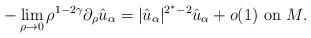
LaTeX: \begin{align*}-\lim_{\rho\rightarrow0}\rho^{1-2\gamma}\partial_\rho\hat{u}_\alpha=|\hat{u}_\alpha|^{2^*-2}\hat{u}_\alpha+o(1)\ \hbox{on} \ M.\end{align*}